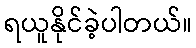
ရယူနိုင်ခဲ့ပါတယ်။